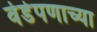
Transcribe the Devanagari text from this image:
वेडेपणाच्या